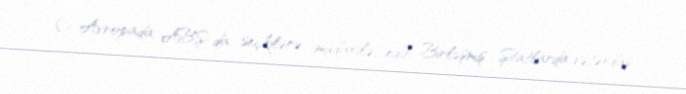
O, Avropada, ABŞ-da seçkilərə müdaxilə edib, Birləşmiş Ştatlarda vətəndaş